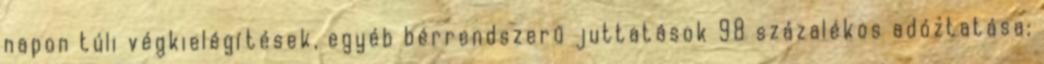
napon túli végkielégítések, egyéb bérrendszerű juttatások 98 százalékos adóztatása;